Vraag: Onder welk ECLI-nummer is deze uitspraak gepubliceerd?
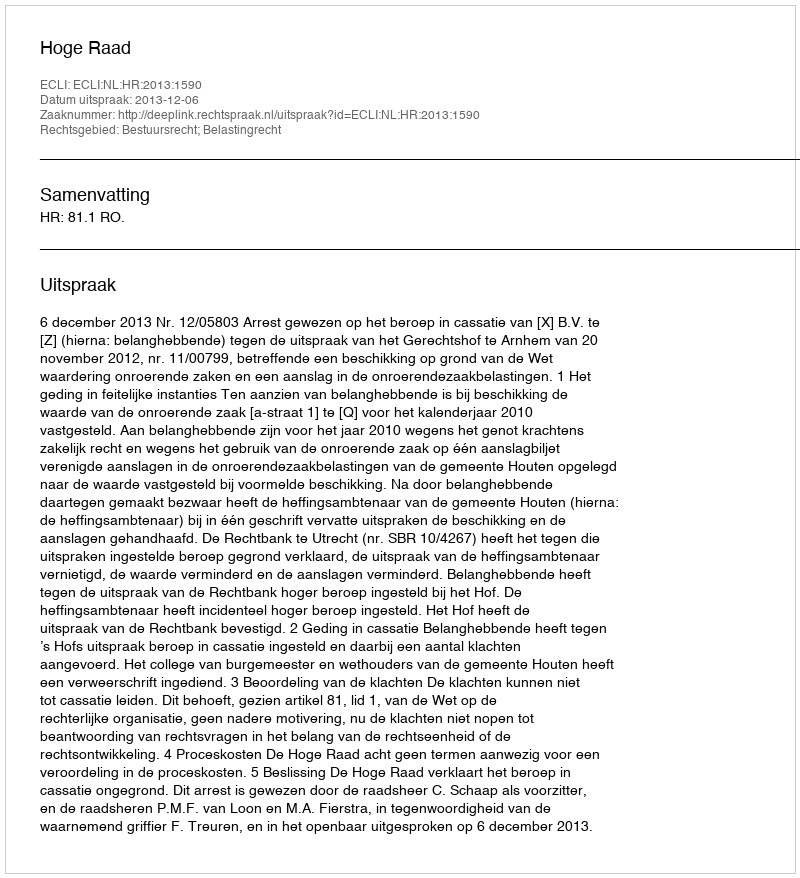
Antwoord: ECLI:NL:HR:2013:1590